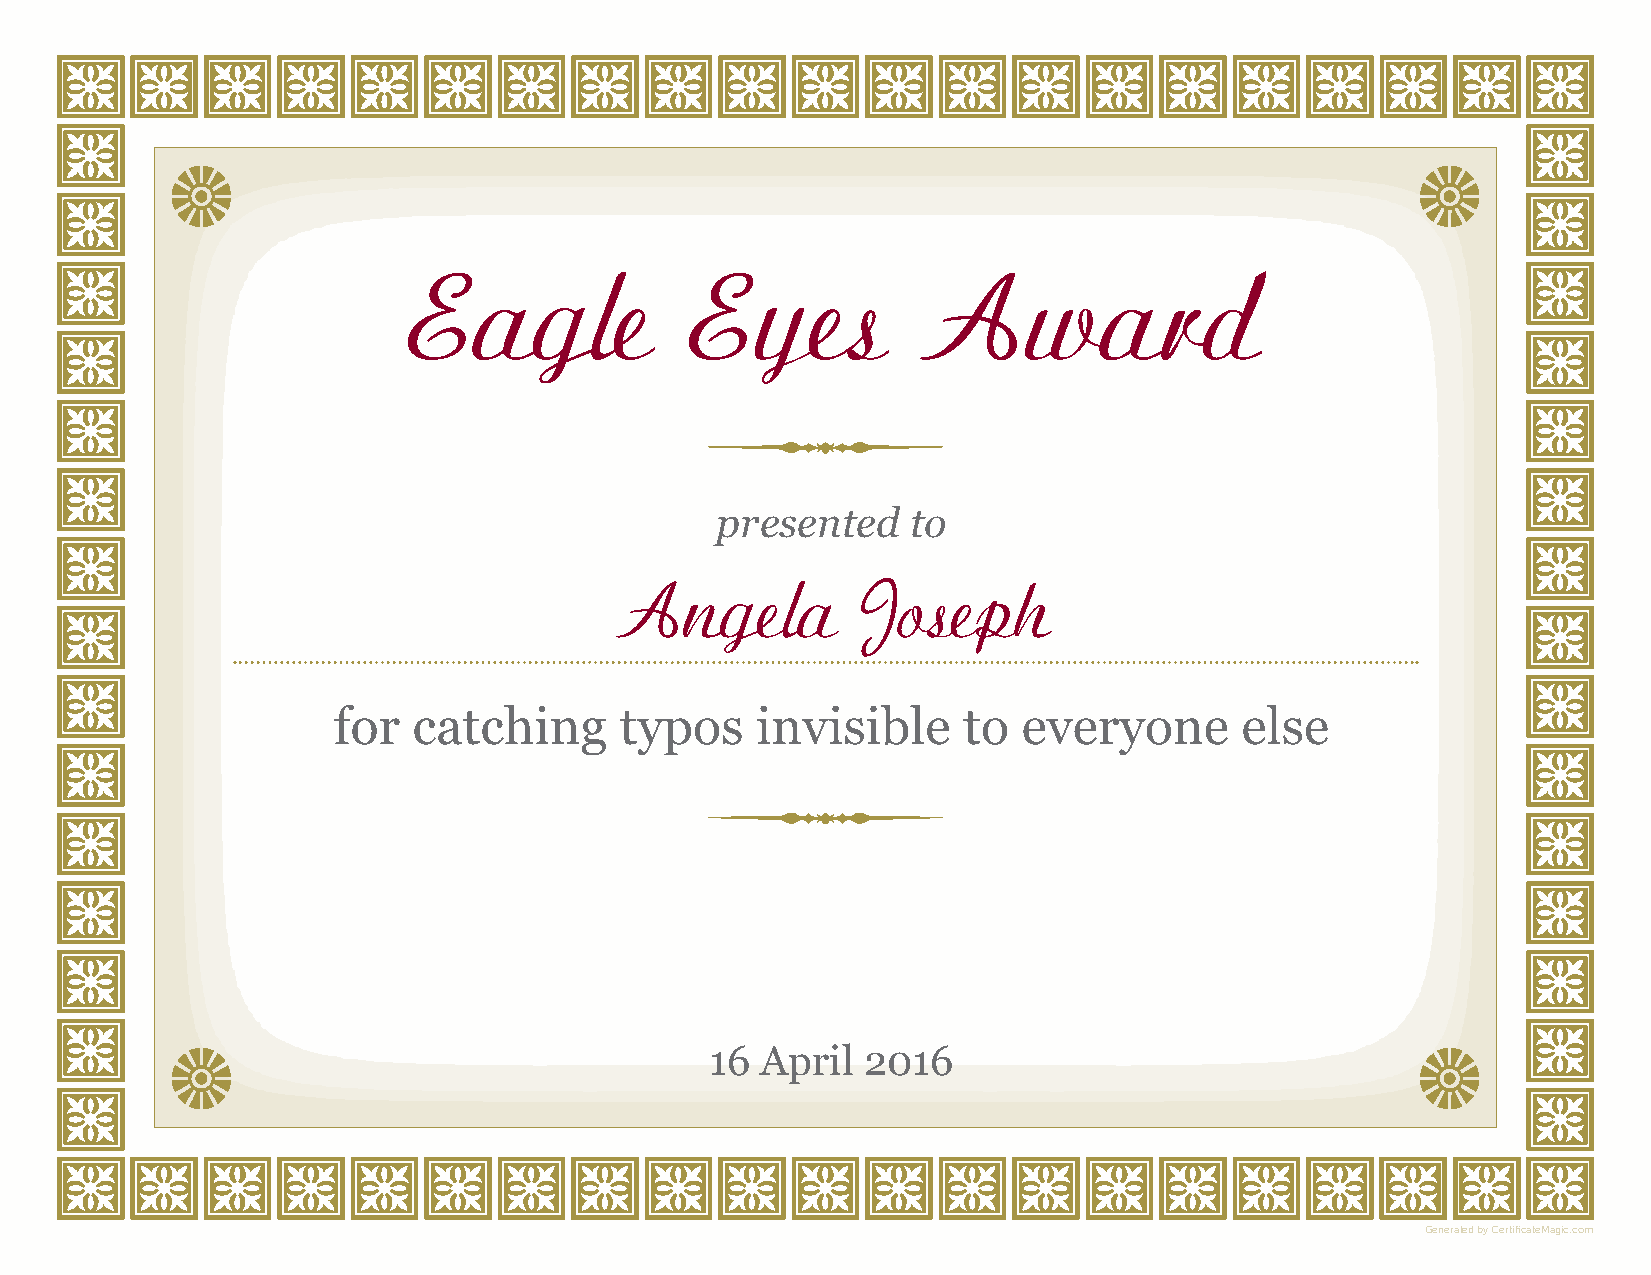
Eagle              Eyes           Award
 presented    to
 Angela          Joseph
 for  catching      typos    invisible     to  everyone      else
 16 April  2016
 Generated by CertificateMagic.com